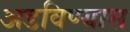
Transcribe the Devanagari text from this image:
अडविण्यास